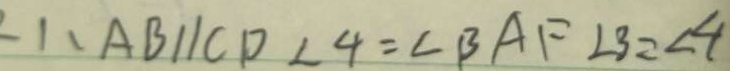
\angle 1 . A B / / C P \angle 4 = \angle B A F \angle 3 = \angle 4